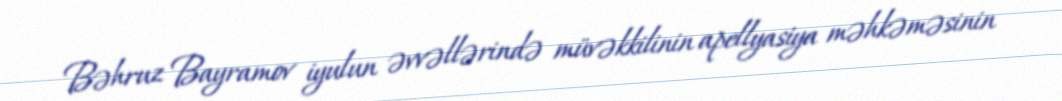
Bəhruz Bayramov iyulun əvvəllərində müvəkkilinin apellyasiya məhkəməsinin